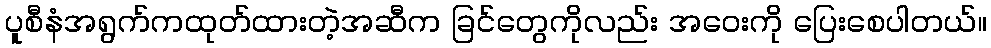
ပူစီနံအရွက်ကထုတ်ထားတဲ့အဆီက ခြင်တွေကိုလည်း အဝေးကို ပြေးစေပါတယ်။